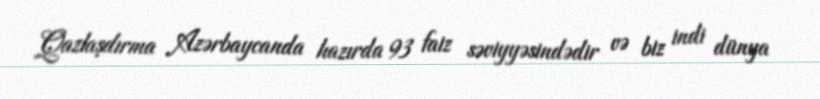
Qazlaşdırma Azərbaycanda hazırda 93 faiz səviyyəsindədir və biz indi dünya